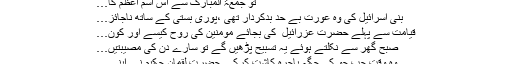
تو جمعۃ المبارک سے اس اسم اعظم کا…
بنی اسرائیل کی وہ عورت بے حد بدکردار تھی ،پوری بستی کے ساتھ ناجائز…
قیامت سے پہلے حضرت عزرائیل ؑ کی بجائے مومنین کی روح کیسے اور کون…
صبح گھر سے نکلتے ہوئے یہ تسبیح پڑھیں گے تو سارے دن کی مصیبتیں…
وہ وقت جب جو کی جگہ باجرہ کاشت کرکے حضرت لقمان حکیم نے اپنے…